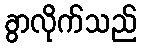
ခွာလိုက်သည်